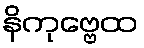
နိကုဗ္ဗေထ